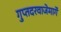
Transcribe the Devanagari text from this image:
गुप्तदरवाजेमार्गे